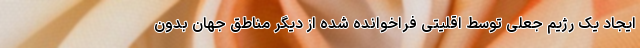
ایجاد یک رژیم جعلی توسط اقلیتی فراخوانده شده از دیگر مناطق جهان بدون